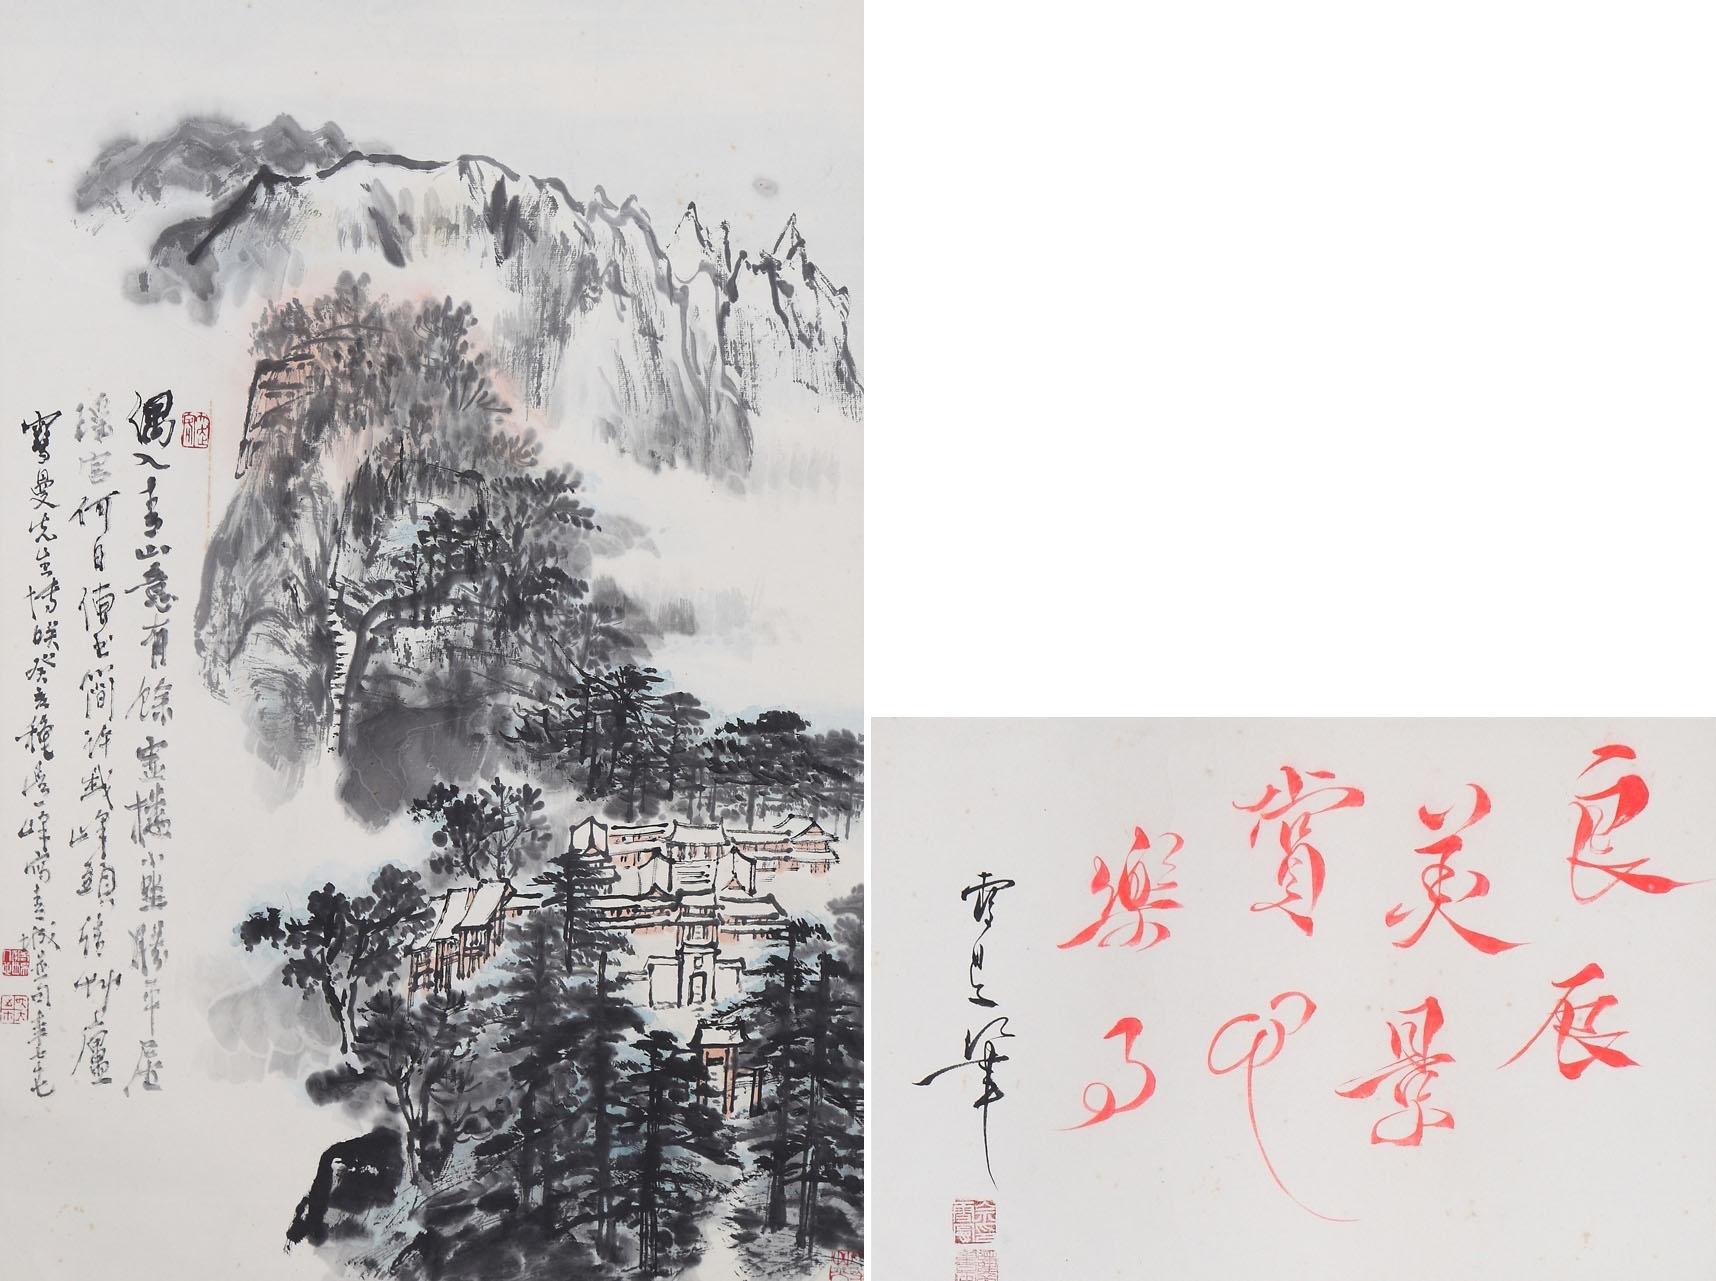
少室众峰几峰别，一峰晴见一峰雪。